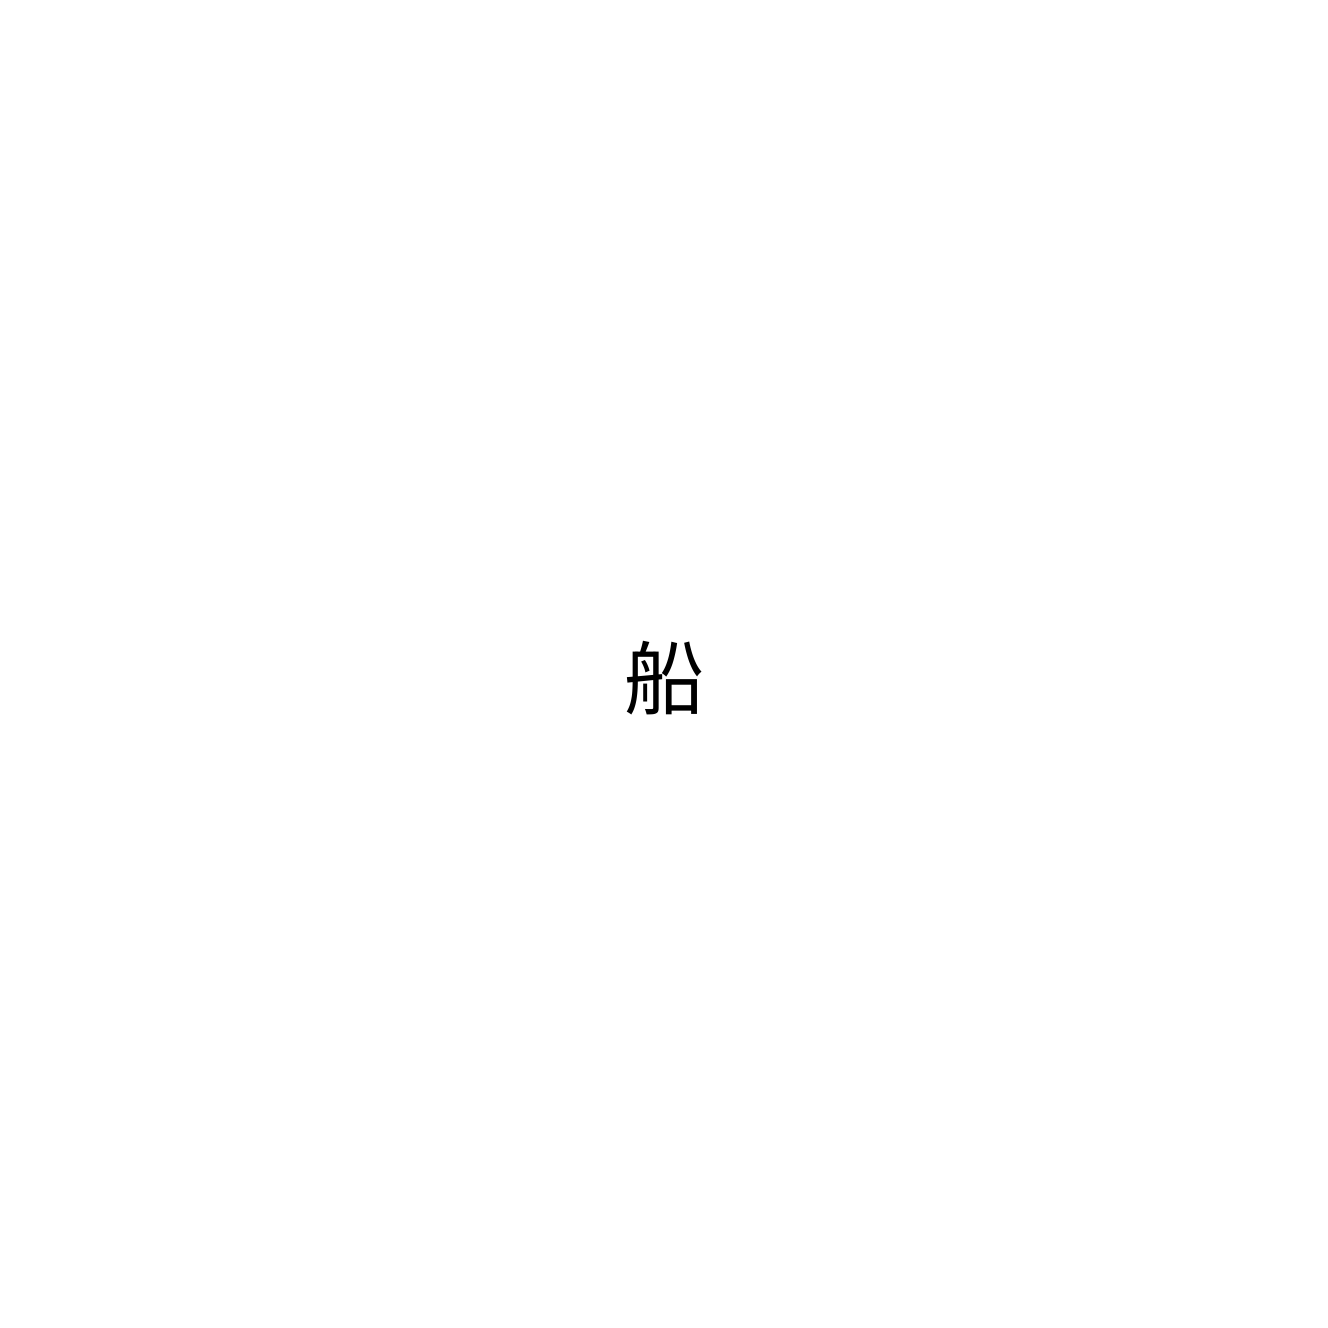
船